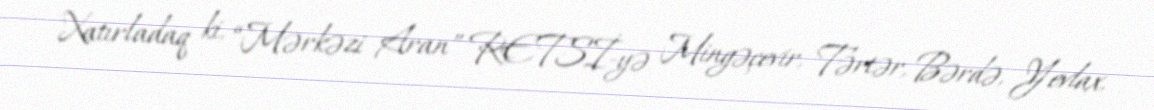
Xatırladaq ki, “Mərkəzi Aran” RETSİ-yə Mingəçevir, Tərtər, Bərdə, Yevlax,